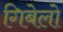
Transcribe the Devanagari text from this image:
गिबेलो